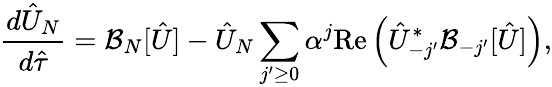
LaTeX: \frac{d\hat{U}_{N}}{d\hat{\tau}}={\mathcal{B}}_{N}[\hat{U}]-\hat{U}_{N}\sum_{j^{\prime}\ge 0}\alpha^{j}\mathrm{Re}\left(\hat{U}_{-j^{\prime}}^{*}{\mathcal{B}}_{-j^{\prime}}[\hat{U}]\right),